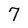
Character: 7